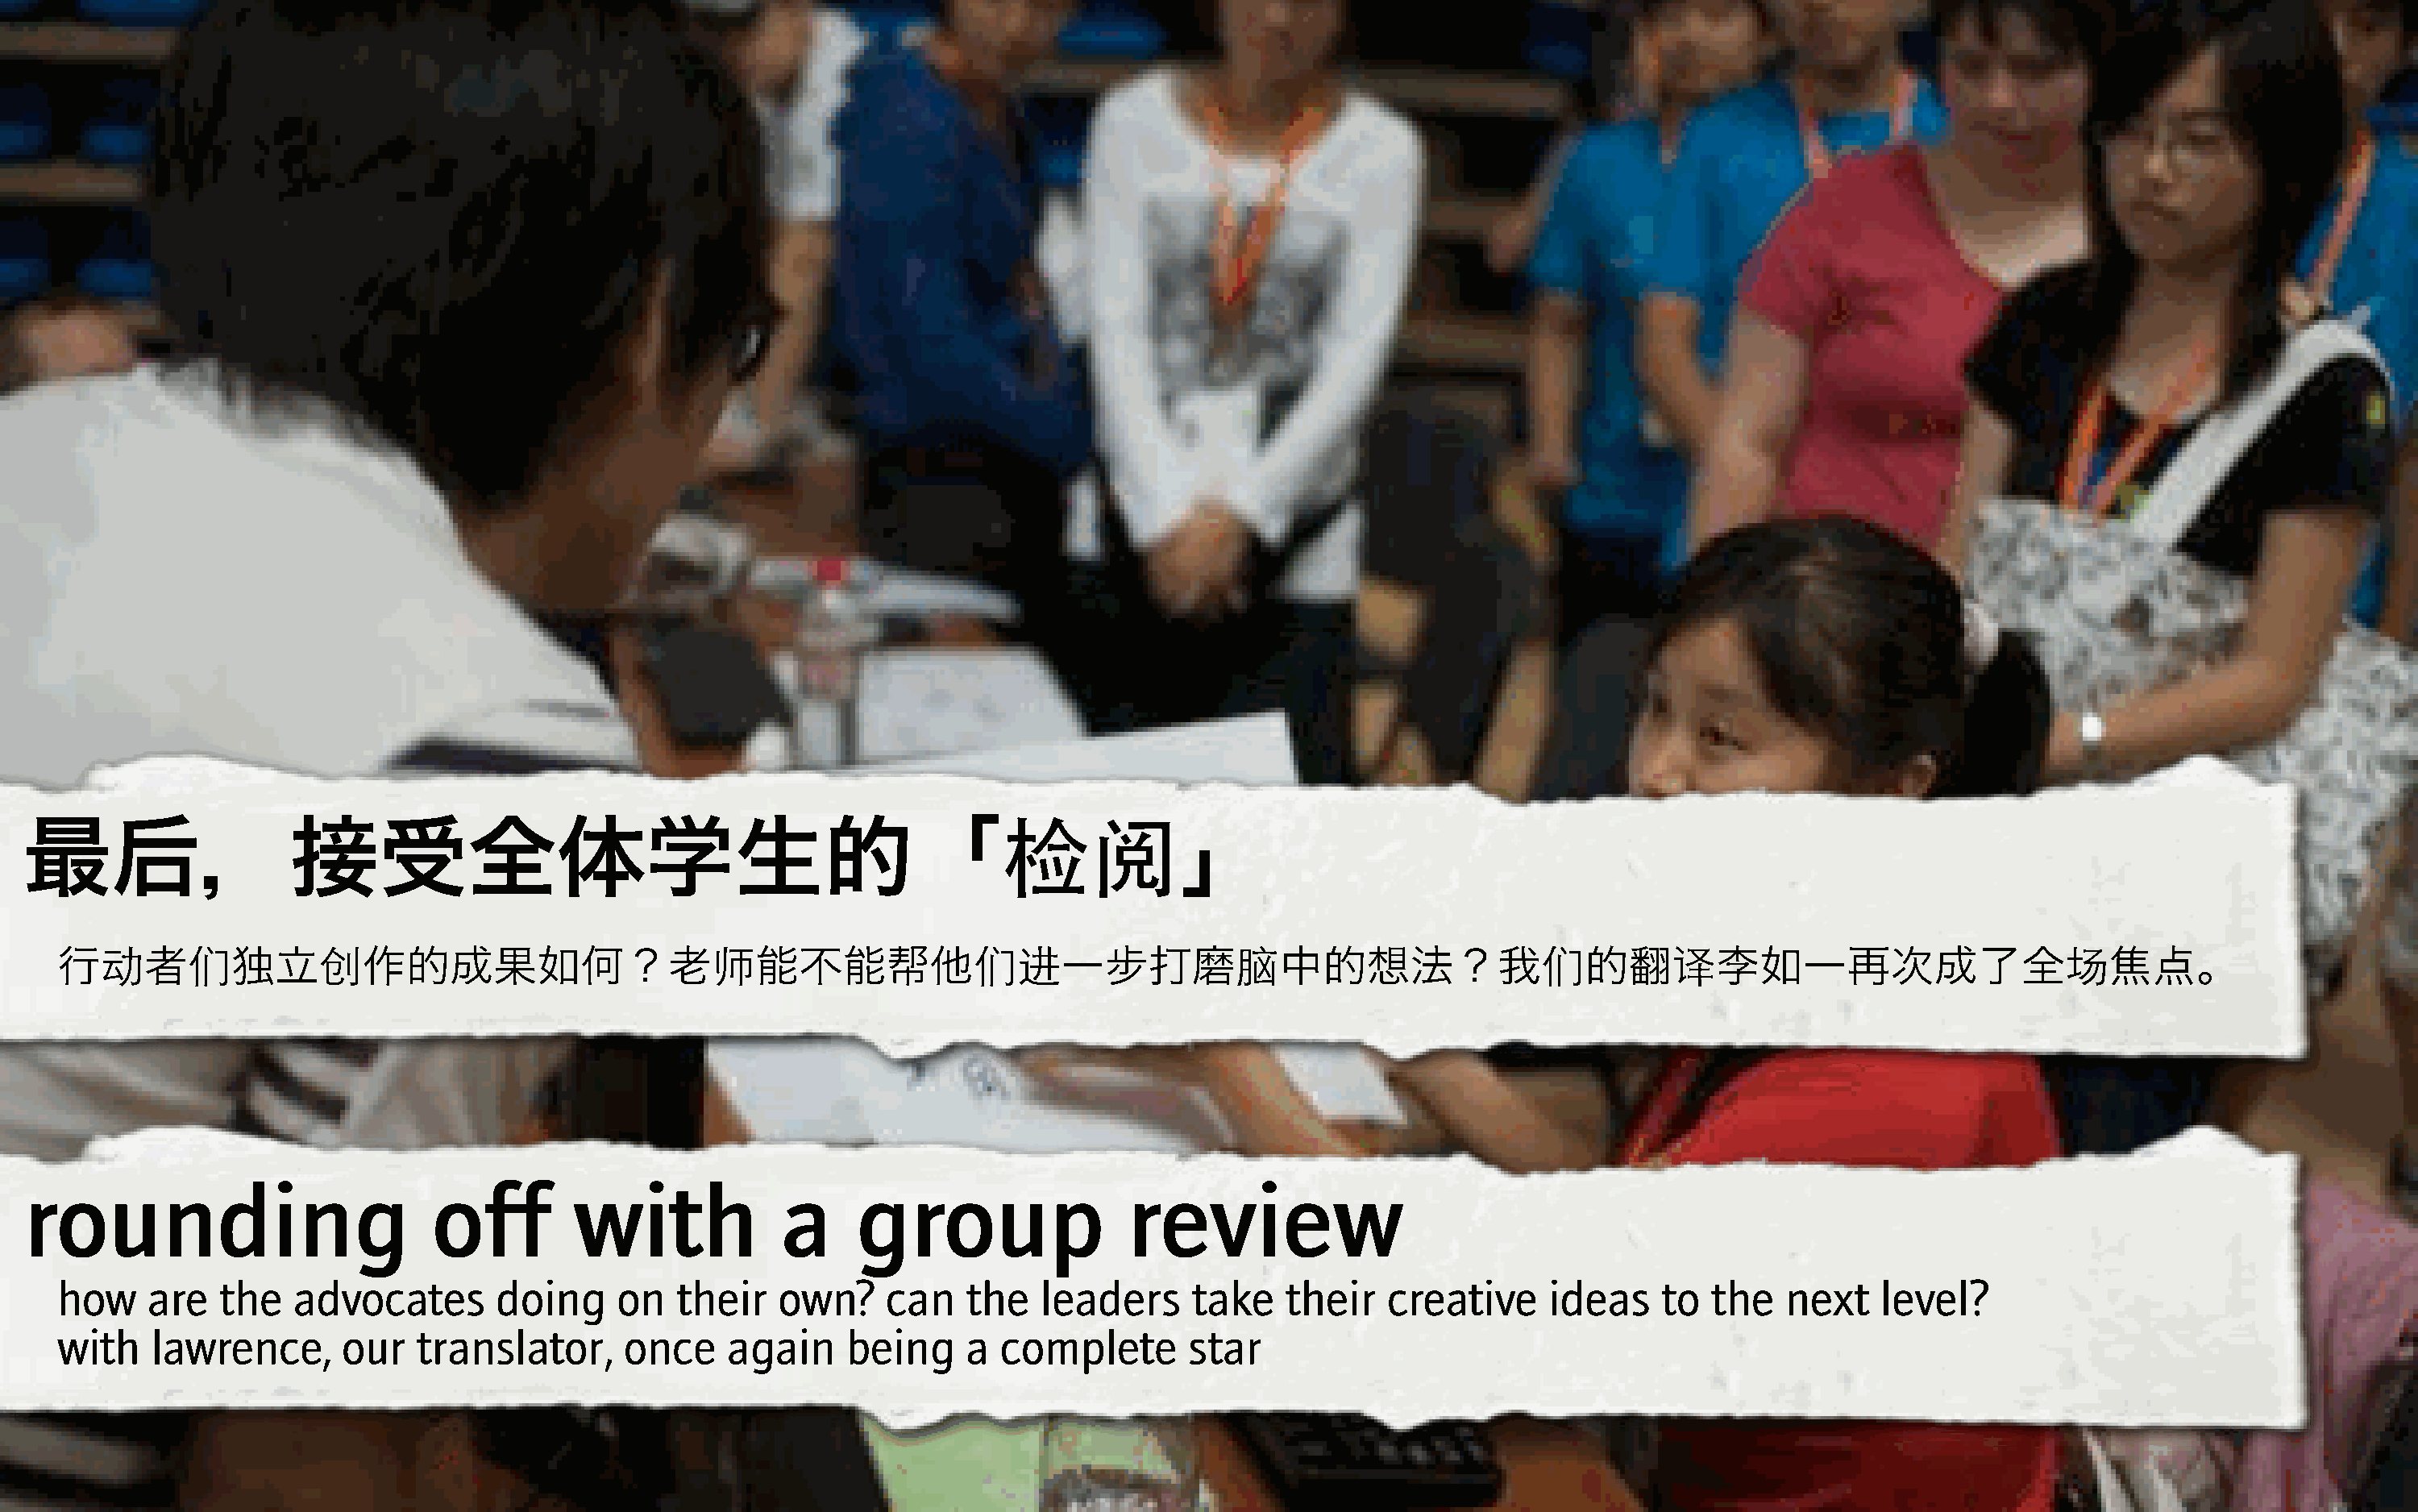
/0
 最后，接受全体学生的「                                                                                    」
 :      ,          ;                               /                     ,<                   2                         ,         =                                >
 行      者      独立         作的成果如何？老                        能不能帮他                    一步打磨              中的想法？我                   的翻         李如一再次成了全                        焦点。
 rounding                          off        with             a     group                  review
 how    are   the   advocates        doing     on   their   own?     can   the   leaders      take    their   creative     ideas    to   the   next   level?
 with   lawrence,       our   translator,      once     again     being    a  complete        star